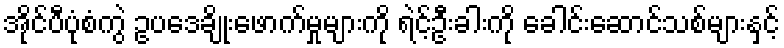
အိုင်ပီပုံစံကွဲ ဥပဒေချိုးဖောက်မှုများကို ရဲင့်ဦးခါးကို ခေါင်းဆောင်သစ်များနှင့်